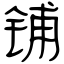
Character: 铺